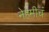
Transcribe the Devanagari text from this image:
नेहेमीचं